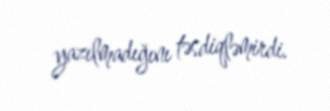
yazılmadığını təsdiqləmirdi.